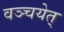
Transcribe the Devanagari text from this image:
वञ्चयेत्